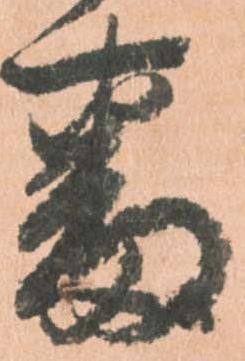
番